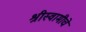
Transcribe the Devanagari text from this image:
श्रीस्वामीचे